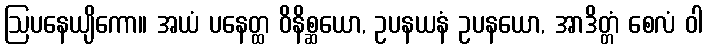
ဩပနေယျိကော။ အယံ ပနေတ္ထ ဝိနိစ္ဆယော, ဥပနယနံ ဥပနယော, အာဒိတ္တံ စေလံ ဝါ